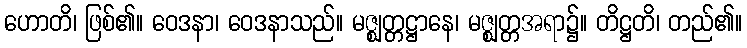
ဟောတိ၊ ဖြစ်၏။ ဝေဒနာ၊ ဝေဒနာသည်။ မဇ္ဈတ္တဋ္ဌာနေ၊ မဇ္ဈတ္တအရာ၌။ တိဋ္ဌတိ၊ တည်၏။